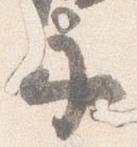
示